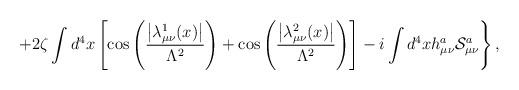
LaTeX: \begin{align*}\left.+2\zeta\int d^4x\left[\cos\left(\frac{\left|\lambda_{\mu\nu}^1(x)\right|}{\Lambda^2}\right)+\cos\left(\frac{\left|\lambda_{\mu\nu}^2(x)\right|}{\Lambda^2}\right)\right]-i\int d^4xh_{\mu\nu}^a{\cal S}_{\mu\nu}^a\right\},\end{align*}